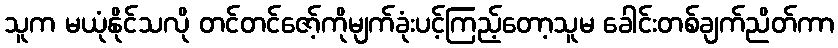
သူက မယုံနိုင်သလို တင်တင်ဇော့်ကိုမျက်ခုံးပင့်ကြည့်တော့သူမ ခေါင်းတစ်ချက်ညိတ်ကာ